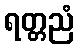
ရတ္တညံ